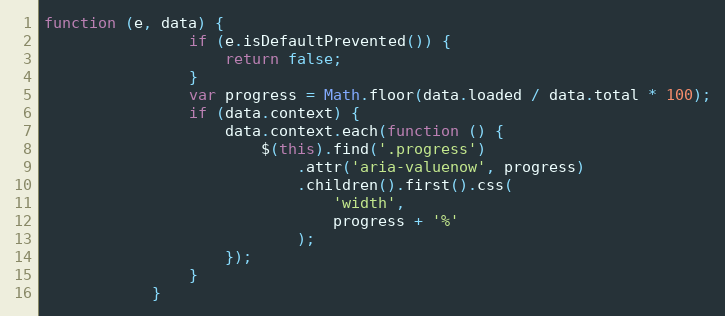
Language: JavaScript
function (e, data) {
                if (e.isDefaultPrevented()) {
                    return false;
                }
                var progress = Math.floor(data.loaded / data.total * 100);
                if (data.context) {
                    data.context.each(function () {
                        $(this).find('.progress')
                            .attr('aria-valuenow', progress)
                            .children().first().css(
                                'width',
                                progress + '%'
                            );
                    });
                }
            }